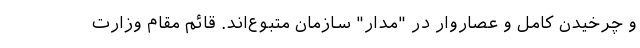
و چرخیدن کامل و عصاروار در "مدار" سازمان متبوع‌اند. قائم مقام وزارت